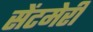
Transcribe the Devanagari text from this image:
सेंटमेरी